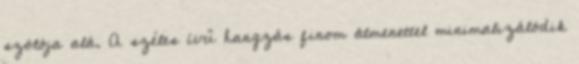
szólója alá. A széles ívű hangzás finom átmenettel minimalizálódik